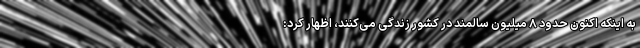
به اینکه اکنون حدود ۸ میلیون سالمند در کشور زندگی می‌کنند، اظهار کرد: